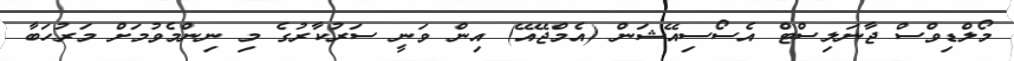
މޯލްޑިވްސް ޖާނަލިސްޓް އެސޯސިއޭޝަން (އެމްޖޭއޭ) އިން ވަނީ ސަރުކާރުގެ މި ނިންމެވުމަށް މަރުހަބާ